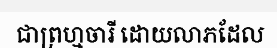
ជាព្រហ្មចារី ដោយលាភដែល